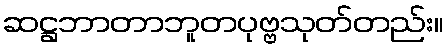
ဆဋ္ဌဘာတာဘူတပုဗ္ဗသုတ်တည်း။